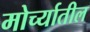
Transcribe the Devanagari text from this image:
मोर्च्यातील